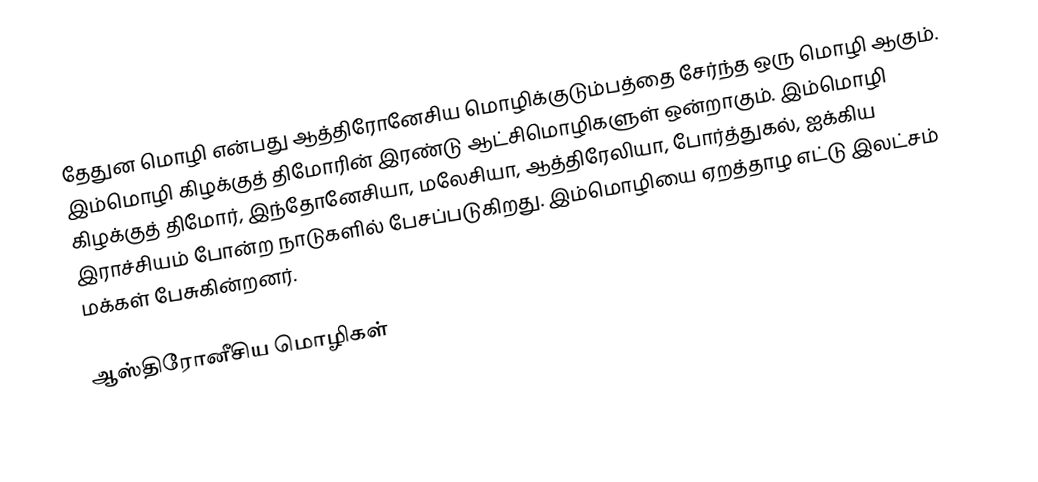
தேதுன மொழி என்பது ஆத்திரோனேசிய மொழிக்குடும்பத்தை சேர்ந்த ஒரு மொழி ஆகும். இம்மொழி கிழக்குத் திமோரின் இரண்டு ஆட்சிமொழிகளுள் ஒன்றாகும். இம்மொழி கிழக்குத் திமோர், இந்தோனேசியா, மலேசியா, ஆத்திரேலியா, போர்த்துகல், ஐக்கிய இராச்சியம் போன்ற நாடுகளில் பேசப்படுகிறது. இம்மொழியை ஏறத்தாழ எட்டு இலட்சம் மக்கள் பேசுகின்றனர்.

ஆஸ்திரோனீசிய மொழிகள்